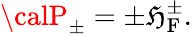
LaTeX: {\calP}_{\pm}=\pm{\cal\mathfrak{H}}_{\mathrm{{F}}}^{\pm}.